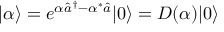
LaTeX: | \alpha \rangle = e ^ { \alpha { \hat { a } } ^ { \dagger } - \alpha ^ { * } { \hat { a } } } | 0 \rangle = D ( \alpha ) | 0 \rangle